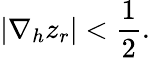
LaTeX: |\nabla_{h}z_{r}|<\frac{1}{2}.